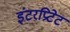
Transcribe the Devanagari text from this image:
इंटरप्रिटेट